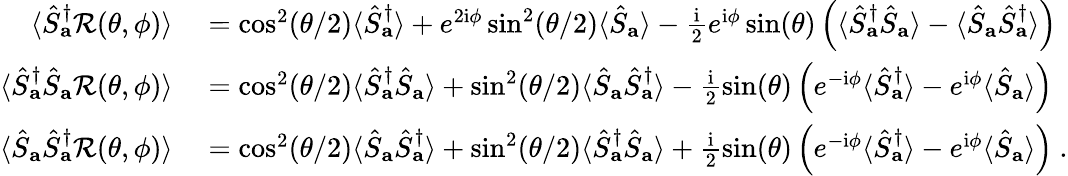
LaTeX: \begin{array}{rl}{\langle\hat{S}_{\mathbf{a}}^{\dagger}\mathcal{R}(\theta,\phi)\rangle}&{{}=\cos^{2}(\theta/2)\langle\hat{S}_{\mathbf{a}}^{\dagger}\rangle+e^{2\mathrm{i}\phi}\sin^{2}(\theta/2)\langle\hat{S}_{\mathbf{a}}\rangle-\frac{\mathrm{i}}{2}e^{\mathrm{i}\phi}\sin(\theta)\left(\langle\hat{S}_{\mathbf{a}}^{\dagger}\hat{S}_{\mathbf{a}}\rangle-\langle\hat{S}_{\mathbf{a}}\hat{S}_{\mathbf{a}}^{\dagger}\rangle\right)}\\ {\langle\hat{S}_{\mathbf{a}}^{\dagger}\hat{S}_{\mathbf{a}}\mathcal{R}(\theta,\phi)\rangle}&{{}=\cos^{2}(\theta/2)\langle\hat{S}_{\mathbf{a}}^{\dagger}\hat{S}_{\mathbf{a}}\rangle+\sin^{2}(\theta/2)\langle\hat{S}_{\mathbf{a}}\hat{S}_{\mathbf{a}}^{\dagger}\rangle-\frac{\mathrm{i}}{2}\sin(\theta)\left(e^{-\mathrm{i}\phi}\langle\hat{S}_{\mathbf{a}}^{\dagger}\rangle-e^{\mathrm{i}\phi}\langle\hat{S}_{\mathbf{a}}\rangle\right)}\\ {\langle\hat{S}_{\mathbf{a}}\hat{S}_{\mathbf{a}}^{\dagger}\mathcal{R}(\theta,\phi)\rangle}&{{}=\cos^{2}(\theta/2)\langle\hat{S}_{\mathbf{a}}\hat{S}_{\mathbf{a}}^{\dagger}\rangle+\sin^{2}(\theta/2)\langle\hat{S}_{\mathbf{a}}^{\dagger}\hat{S}_{\mathbf{a}}\rangle+\frac{\mathrm{i}}{2}\sin(\theta)\left(e^{-\mathrm{i}\phi}\langle\hat{S}_{\mathbf{a}}^{\dagger}\rangle-e^{\mathrm{i}\phi}\langle\hat{S}_{\mathbf{a}}\rangle\right)~.}\end{array}